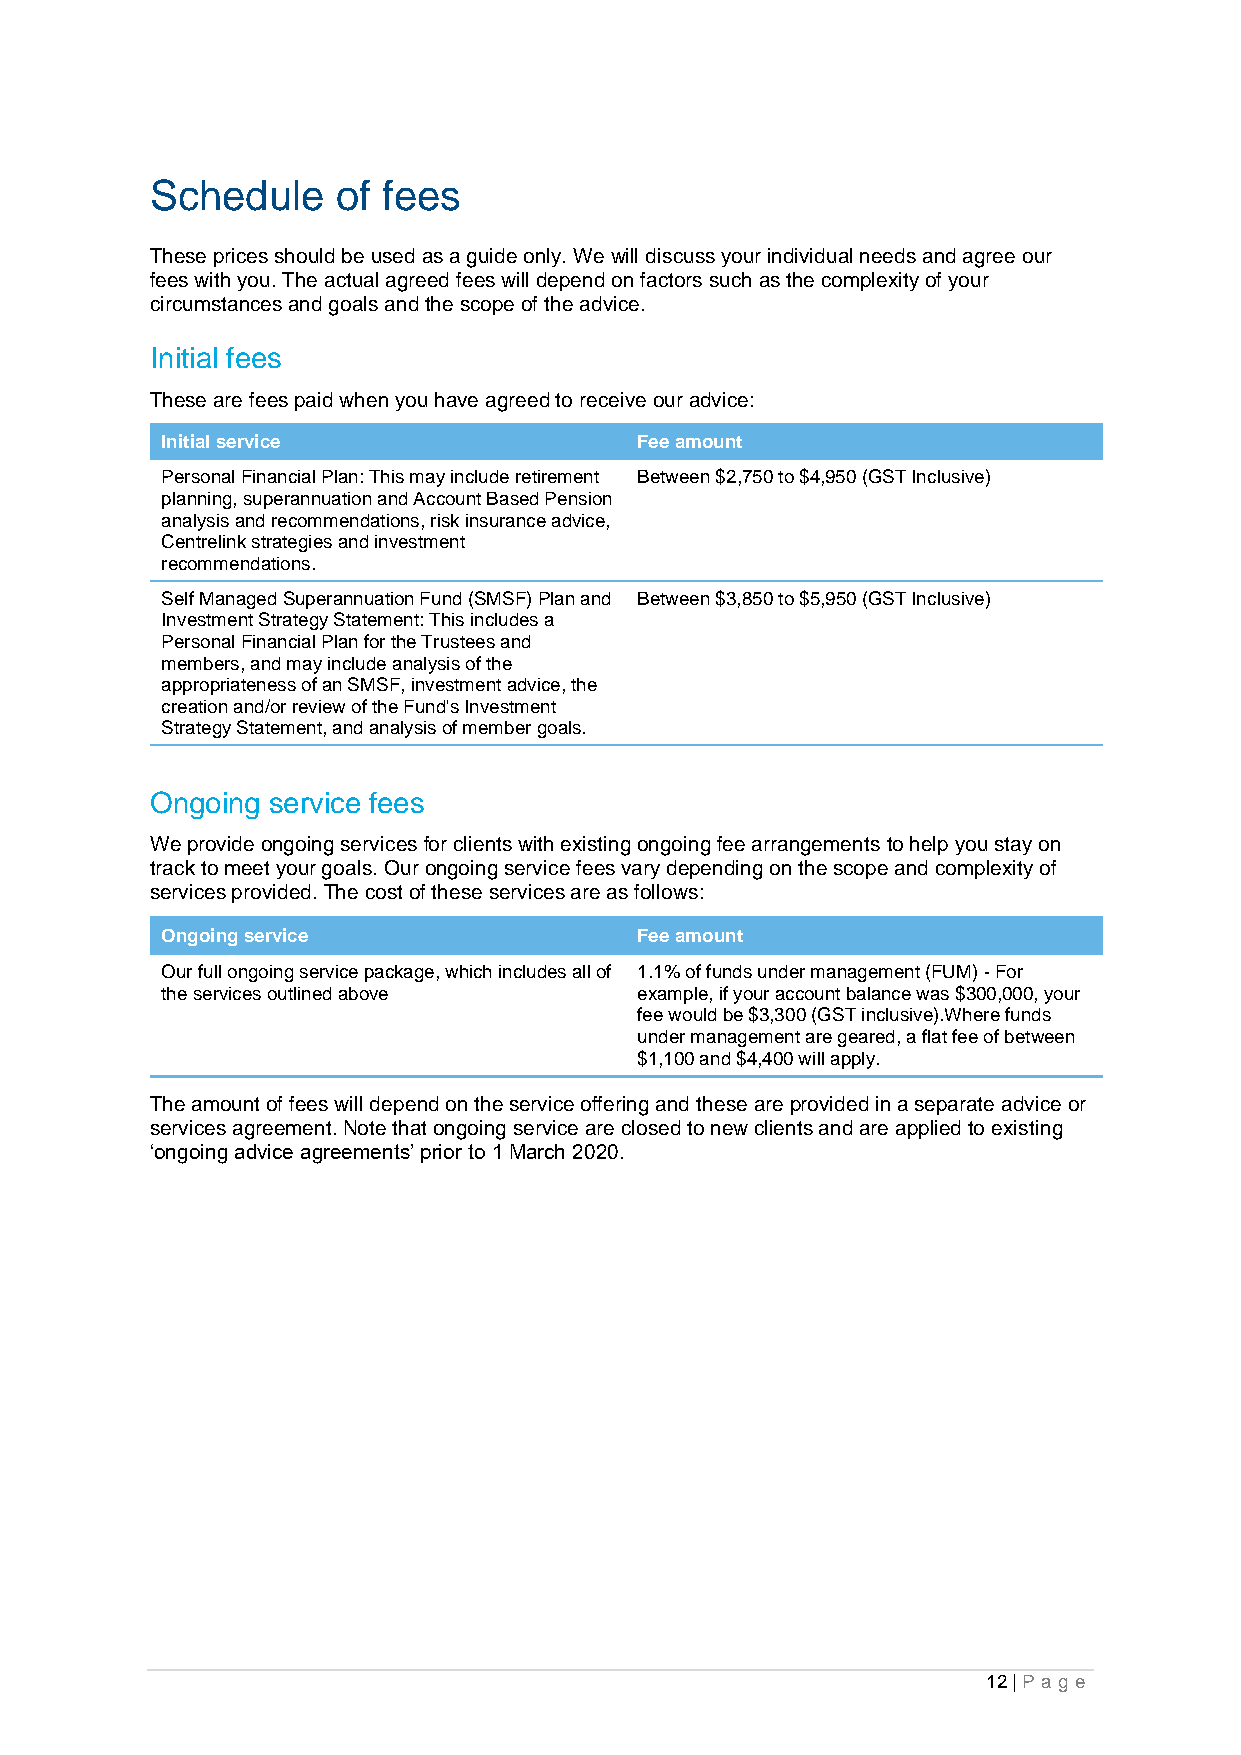
Schedule    of fees
 These prices should be used as a guide only. We will discuss your individual needs and agree our
 fees with you. The actual agreed fees will depend on factors such as the complexity of your
 circumstances and goals and the scope of the advice.
 Initial fees
 These are fees paid when you have agreed to receive our advice:
 Initial service                Fee amount
 Personal Financial Plan: This may include retirement Between $2,750 to $4,950 (GST Inclusive)
 planning, superannuation and Account Based Pension
 analysis and recommendations, risk insurance advice,
 Centrelink strategies and investment
 recommendations.
 Self Managed Superannuation Fund (SMSF) Plan and Between $3,850 to $5,950 (GST Inclusive)
 Investment Strategy Statement: This includes a
 Personal Financial Plan for the Trustees and
 members, and may include analysis of the
 appropriateness of an SMSF, investment advice, the
 creation and/or review of the Fund's Investment
 Strategy Statement, and analysis of member goals.
 Ongoing service fees
 We provide ongoing services for clients with existing ongoing fee arrangements to help you stay on
 track to meet your goals. Our ongoing service fees vary depending on the scope and complexity of
 services provided. The cost of these services are as follows:
 Ongoing service                Fee amount
 Our full ongoing service package, which includes all of 1.1% of funds under management (FUM) - For
 the services outlined above    example, if your account balance was $300,000, your
 fee would be $3,300 (GST inclusive).Where funds
 under management are geared, a flat fee of between
 $1,100 and $4,400 will apply.
 The amount of fees will depend on the service offering and these are provided in a separate advice or
 services agreement. Note that ongoing service are closed to new clients and are applied to existing
 ‘ongoing advice agreements’ prior to 1 March 2020.
 12 | Pa g e